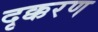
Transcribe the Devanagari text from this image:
दृक्करण